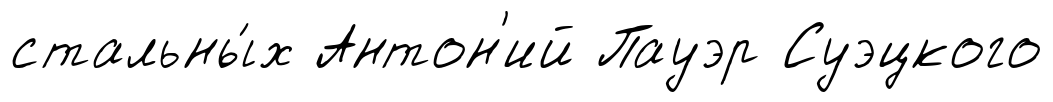
стальны́х Антон'ий Пауэр Суэцкого